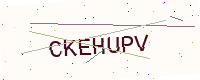
Text: CKEHUPV